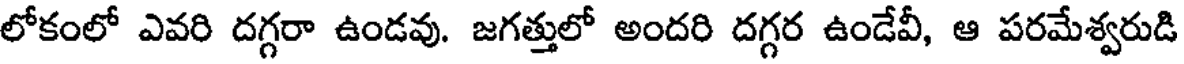
లోకంలో ఎవరి దగ్గరా ఉండవు. జగత్తులో అందరి దగ్గర ఉండేవీ, ఆ పరమేశ్వరుడి